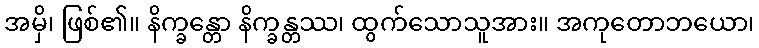
အမှိ၊ ဖြစ်၏။ နိက္ခန္တော နိက္ခန္တဿ၊ ထွက်သောသူအား။ အကုတောဘယော၊